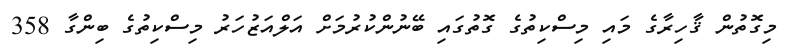
މިގޮތުން ޤާހިރާގެ މައި މިސްކިތުގެ ގޮތުގައި ބޭނުންކުރުމަށް އަލްއަޒުުހަރު މިސްކިތުގެ ބިންގާ 358